Civil Veterinary Dept. Assam report 1911-1927 - 1911-1927
Year: 1911
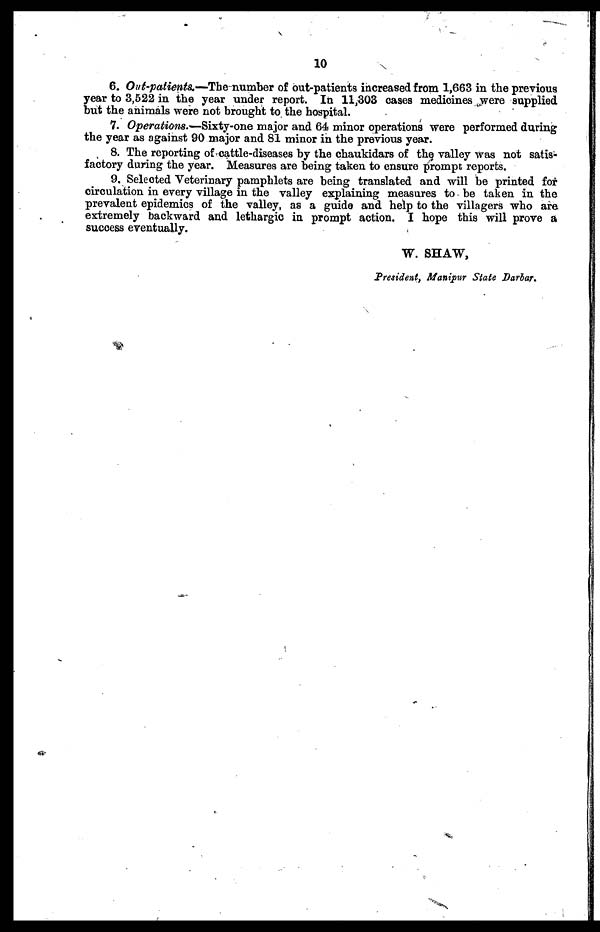
10
6. Out-patients.—The number of out-patients increased from 1,663 in the previous
year to 3,522 in the year under report. In 11,303 cases medicines were supplied
but the animals were not brought to the hospital.
7. Operations.—Sixty-one major and 64 minor operations were performed during
the year as against 90 major and 81 minor in the previous year.
8. The reporting of cattle-diseases by the chaukidars of the valley was not satis-
factory during the year. Measures are being taken to ensure prompt reports.
9. Selected Veterinary pamphlets are being translated and will be printed for
circulation in every village in the valley explaining measures to be taken in the
prevalent epidemics of the valley, as a guide and help to the villagers who are
extremely backward and lethargic in prompt action. I hope this will prove a
success eventually.
W. SHAW,
President, Manipur State Darlar.